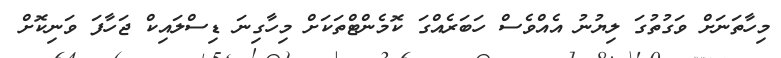
މިހާތަނަށް ވަގުތުގަ ލިޔުނު އެއްވެސް ހަބަރެއްގަ ކޮމެންޓްތަކަށް މިހާގިނަ ޑިސްލައިކް ޖަހާފަ ވަނިކޮށް